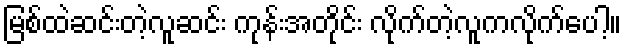
မြစ်ထဲဆင်းတဲ့လူဆင်း ကုန်းအတိုင်း လိုက်တဲ့လူကလိုက်ပေါ့။